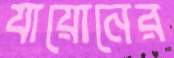
যায়োনের